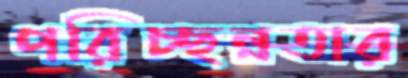
পরিচ্ছন্নতার